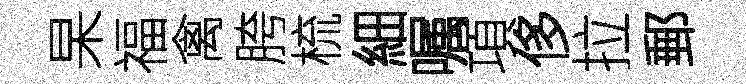
杲福禽胯梳細嘱項侈拉郵